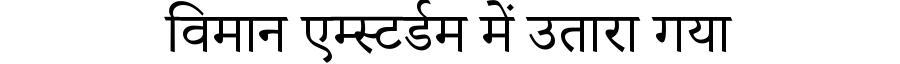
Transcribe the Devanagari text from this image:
विमान एम्स्टर्डम में उतारा गया